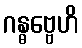
ဂန္ဓဗ္ဗေဟိ